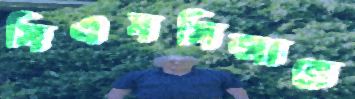
সিএসসিআরে